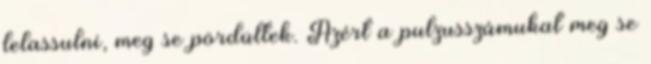
lelassulni, meg se pördültek. Azért a pulzusszámukat meg se